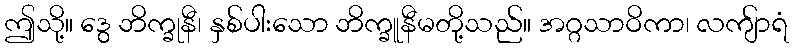
ဤသို့။ ဒွေ ဘိက္ခုနီ၊ နှစ်ပါးသော ဘိက္ခူနီမတို့သည်။ အဂ္ဂသာဝိကာ၊ လကျ်ာရံ